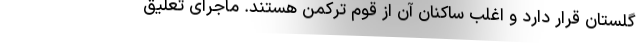
گلستان قرار دارد و اغلب ساکنان آن از قوم ترکمن هستند. ماجرای تعلیق